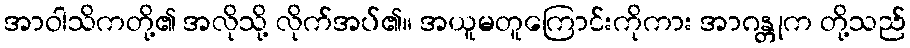
အာဝါသိကတို့၏ အလိုသို့ လိုက်အပ်၏။ အယူမတူကြောင်းကိုကား အာဂန္တုက တို့သည်